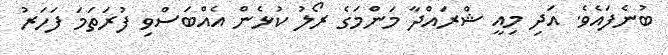
ބުނެފައެވެ. އަދި މިއީ ޝްރައްދާ މަންމަގެ ރޯލު ކުޅެން އެއްބަސްވި ފުރަތަމަ ފަހަރު